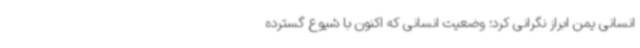
انسانی یمن ابراز نگرانی کرد؛ وضعیت انسانی که اکنون با شیوع گسترده